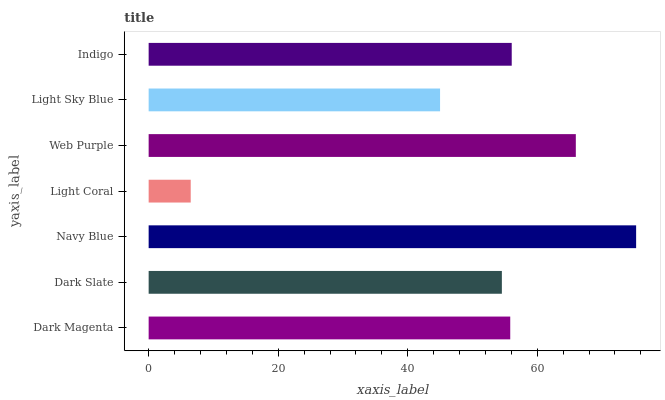
| yaxis_label | bars |
 | --- | --- |
 | Dark Magenta | 55.8 |
 | Dark Slate | 54.5 |
 | Navy Blue | 75.3 |
 | Light Coral | 6.5 |
 | Web Purple | 66 |
 | Light Sky Blue | 45 |
 | Indigo | 56.1 |